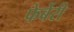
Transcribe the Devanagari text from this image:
फेर्बेरी